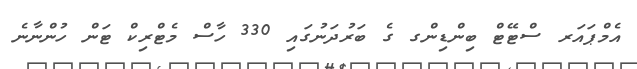
އެމްޕައަރ ސްޓޭޓް ބިންޑިންގ ގެ ބަރުދަނުގައި 330 ހާސް މެޓްރިކް ޓަން ހުންނާނެ